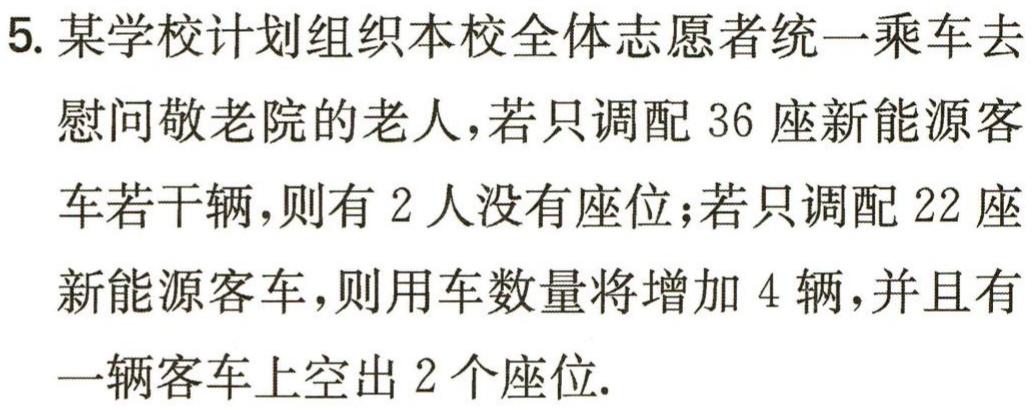
5. 某学校计划组织本校全体志愿者统一乘车去慰问敬老院的老人，若只调配 36 座新能源客车若干辆，则有 2 人没有座位；若只调配 22 座新能源客车，则用车数量将增加 4 辆，并且有一辆客车上空出 2 个座位.